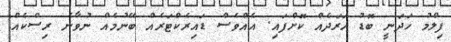
ފިލްމު ހަދަނީ ބޮޑު ޚަރަދެއް ކޮށްފައި. އެއްވެސް ޑައިރެކްޓަރެއް ބޭނުމެއް ނުވާނެ ރިސްކެއް